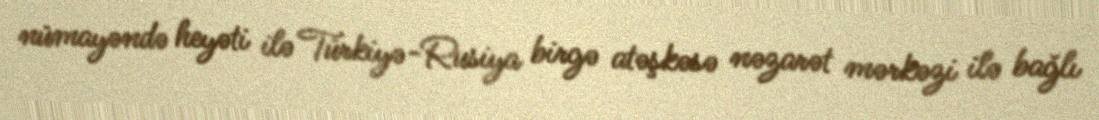
nümayəndə heyəti ilə Türkiyə-Rusiya birgə atəşkəsə nəzarət mərkəzi ilə bağlı